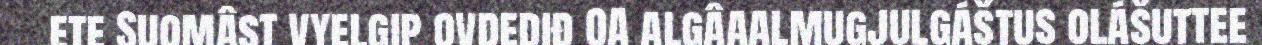
ete Suomâst vyelgip ovdediđ OA algâaalmugjulgáštus olášuttee